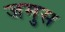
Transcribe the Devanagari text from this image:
जमुस